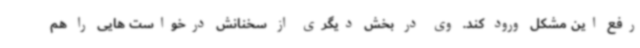
رفع این مشکل ورود کند. وی در بخش دیگری از سخنانش درخواست هایی را هم